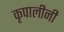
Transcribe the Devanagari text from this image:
कृपालीनी